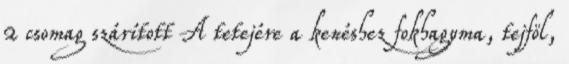
2 csomag szárított A tetejére a kenéshez fokhagyma, tejföl,